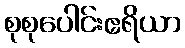
စုစုပေါင်းဧရိယာ